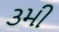
૩મી